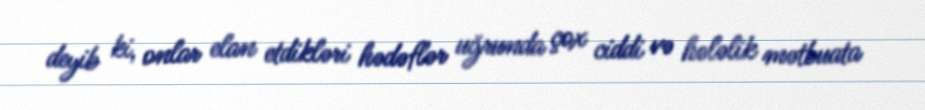
deyib ki, onlar elan etdikləri hədəflər uğrunda çox ciddi və hələlik mətbuata